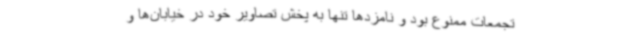
تجمعات ممنوع بود و نامزدها تنها به پخش تصاویر خود در خیابان‌ها و